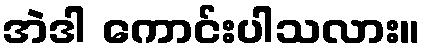
အဲဒါ ကောင်းပါသလား။